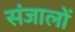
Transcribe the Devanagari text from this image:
संजालों